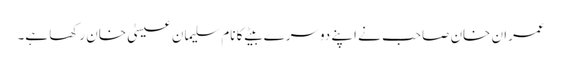
عمران خان صاحب نے اپنے دوسرے بیٹے کا نام سلیمان عیسیٰ خان رکھا ہے۔